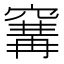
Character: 𥧒